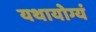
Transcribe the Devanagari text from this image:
यथायोग्यं